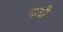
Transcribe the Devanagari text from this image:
कप्री